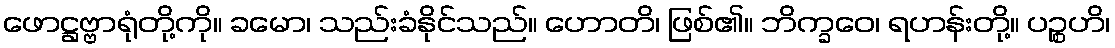
ဖောဋ္ဌဗ္ဗာရုံတို့ကို။ ခမော၊ သည်းခံနိုင်သည်။ ဟောတိ၊ ဖြစ်၏။ ဘိက္ခဝေ၊ ရဟန်းတို့။ ပဉ္စဟိ၊